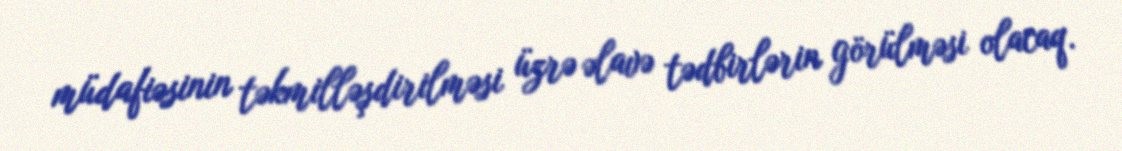
müdafiəsinin təkmilləşdirilməsi üzrə əlavə tədbirlərin görülməsi olacaq.